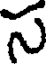
స